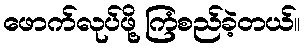
ဖောက်လုပ်ဖို့ ကြံစည်ခဲ့တယ်။